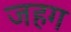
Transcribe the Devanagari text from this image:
जहग